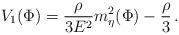
LaTeX: \begin{align*}V_1(\Phi) = \frac{\rho}{3 E^2}m_\eta^2(\Phi) - \frac{\rho}{3} \, .\end{align*}